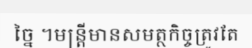
ច្នៃ ។មន្ត្រីមានសមត្ថកិច្ចត្រូវតែ